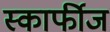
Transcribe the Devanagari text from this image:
स्कार्फीज